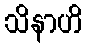
သိနာဟိ